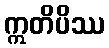
ဣတိပိဿ